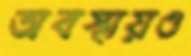
অবস্থায়ও